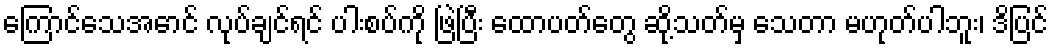
ကြောင်သေအောင် လုပ်ချင်ရင် ပါးစပ်ကို ဖြဲပြီး ထောပတ်တွေ ဆို့သတ်မှ သေတာ မဟုတ်ပါဘူး၊ ဒိပြင်